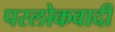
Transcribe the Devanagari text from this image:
परलोकवादी